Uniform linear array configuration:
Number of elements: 24
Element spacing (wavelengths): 0.75
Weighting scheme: cosine
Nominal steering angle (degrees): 0
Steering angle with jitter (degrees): -0.6816
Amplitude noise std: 0.05
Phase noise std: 0.05

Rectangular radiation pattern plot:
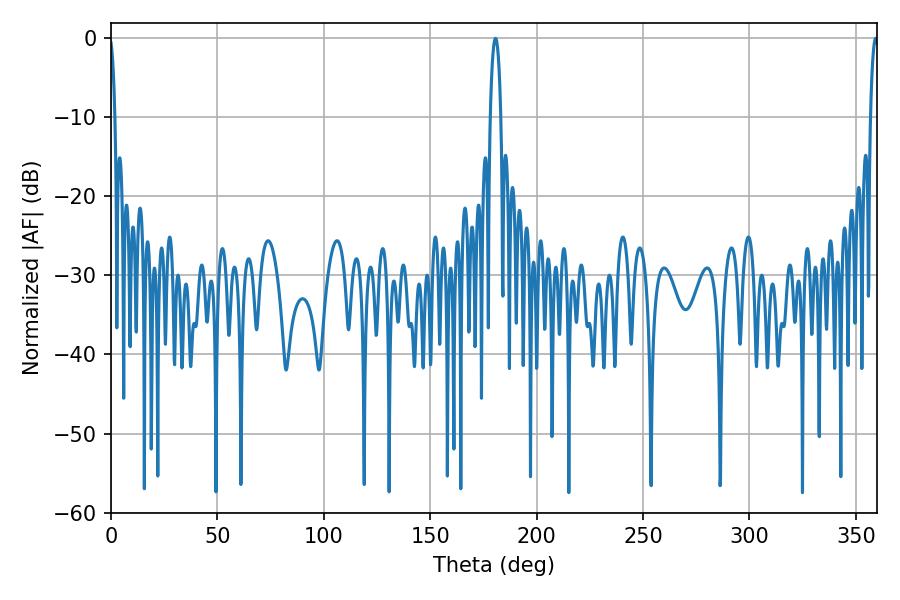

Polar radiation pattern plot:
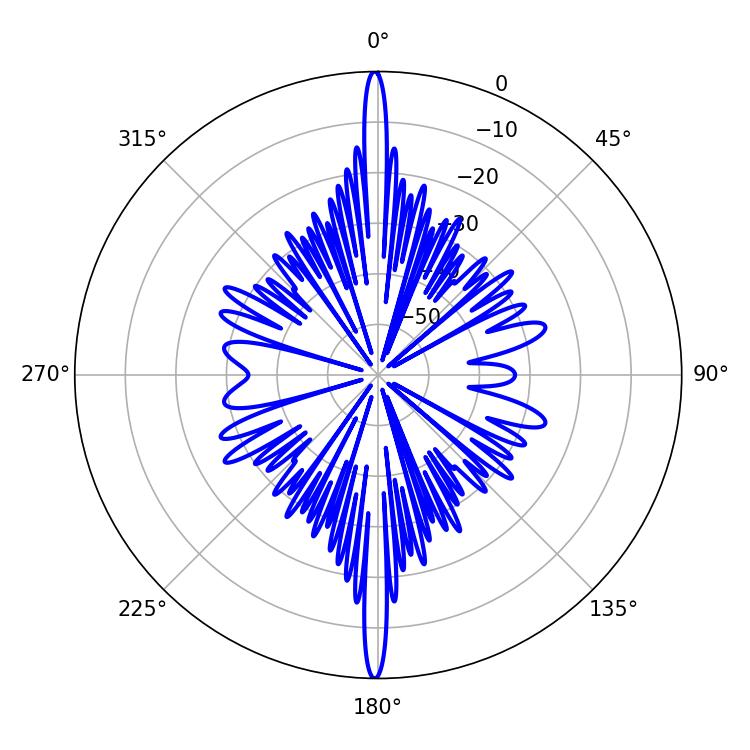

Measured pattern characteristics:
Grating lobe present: TRUE
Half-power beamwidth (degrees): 1.98
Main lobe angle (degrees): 359.28